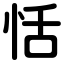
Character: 恬